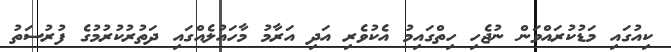
ކިއުގައި މަޑުކުރައްވަން ނުޖެހި ހިތްގައިމު އެކުވެރި އަދި އަރާމު މާހައުލެއްގައި ދަތުރުކުރުމުގެ ފުރުސަތު